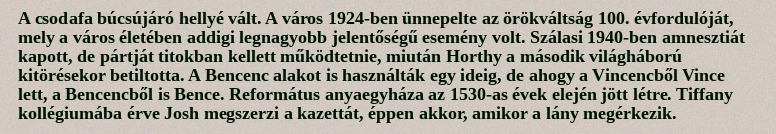
A csodafa búcsújáró hellyé vált. A város 1924-ben ünnepelte az örökváltság 100. évfordulóját, mely a város életében addigi legnagyobb jelentőségű esemény volt. Szálasi 1940-ben amnesztiát kapott, de pártját titokban kellett működtetnie, miután Horthy a második világháború kitörésekor betiltotta. A Bencenc alakot is használták egy ideig, de ahogy a Vincencből Vince lett, a Bencencből is Bence. Református anyaegyháza az 1530-as évek elején jött létre. Tiffany kollégiumába érve Josh megszerzi a kazettát, éppen akkor, amikor a lány megérkezik.